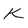
Character: k